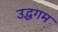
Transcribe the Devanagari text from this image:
उद्धगम